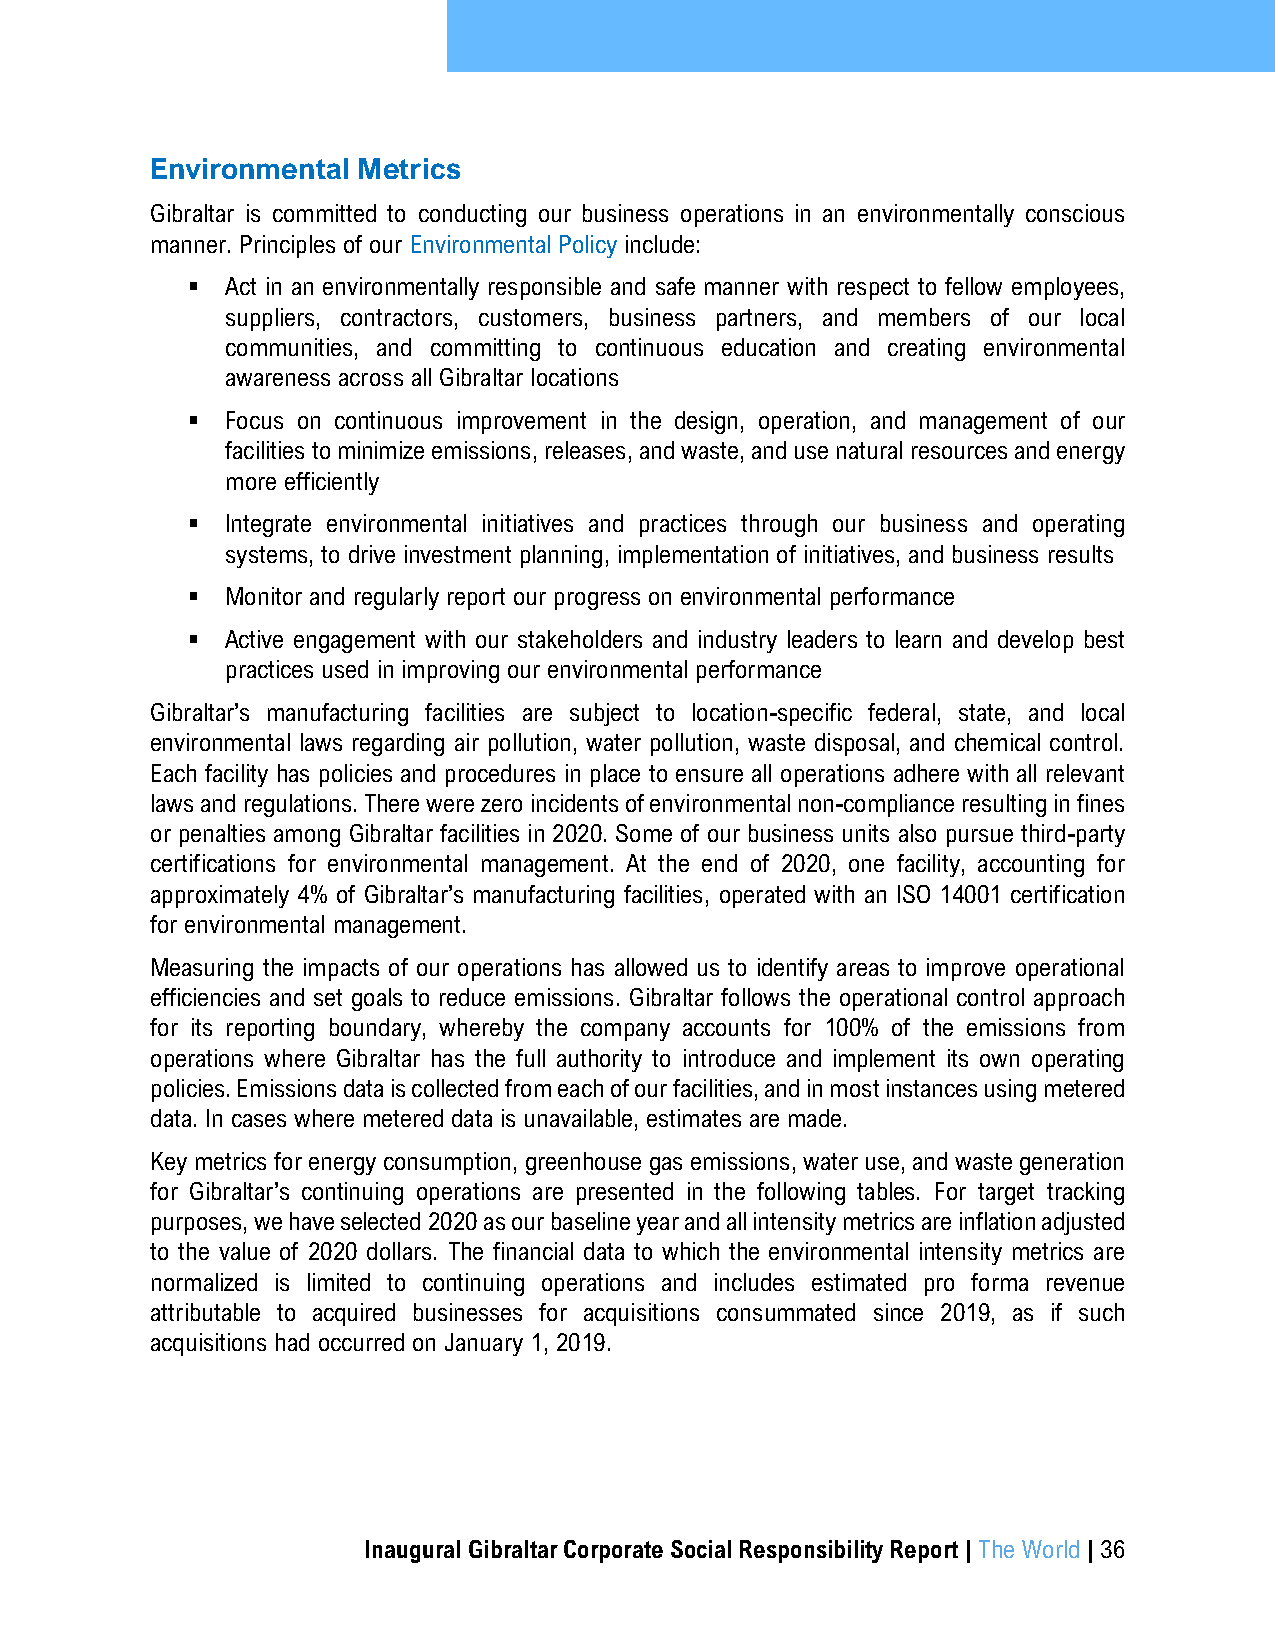
Environmental Metrics
 Gibraltar is committed to conducting our business operations in an environmentally conscious
 manner. Principles of our Environmental Policy include:
 ▪  Act in an environmentally responsible and safe manner with respect to fellow employees,
 suppliers, contractors, customers, business partners, and members of our local
 communities, and committing to continuous education and creating environmental
 awareness across all Gibraltar locations
 ▪  Focus on continuous improvement in the design, operation, and management of our
 facilities to minimize emissions, releases, and waste, and use natural resources and energy
 more efficiently
 ▪  Integrate environmental initiatives and practices through our business and operating
 systems, to drive investment planning, implementation of initiatives, and business results
 ▪  Monitor and regularly report our progress on environmental performance
 ▪  Active engagement with our stakeholders and industry leaders to learn and develop best
 practices used in improving our environmental performance
 Gibraltar’s manufacturing facilities are subject to location-specific federal, state, and local
 environmental laws regarding air pollution, water pollution, waste disposal, and chemical control.
 Each facility has policies and procedures in place to ensure all operations adhere with all relevant
 laws and regulations. There were zero incidents of environmental non-compliance resulting in fines
 or penalties among Gibraltar facilities in 2020. Some of our business units also pursue third-party
 certifications for environmental management. At the end of 2020, one facility, accounting for
 approximately 4% of Gibraltar’s manufacturing facilities, operated with an ISO 14001 certification
 for environmental management.
 Measuring the impacts of our operations has allowed us to identify areas to improve operational
 efficiencies and set goals to reduce emissions. Gibraltar follows the operational control approach
 for its reporting boundary, whereby the company accounts for 100% of the emissions from
 operations where Gibraltar has the full authority to introduce and implement its own operating
 policies. Emissions data is collected from each of our facilities, and in most instances using metered
 data. In cases where metered data is unavailable, estimates are made.
 Key metrics for energy consumption, greenhouse gas emissions, water use, and waste generation
 for Gibraltar’s continuing operations are presented in the following tables. For target tracking
 purposes, we have selected 2020 as our baseline year and all intensity metrics are inflation adjusted
 to the value of 2020 dollars. The financial data to which the environmental intensity metrics are
 normalized is limited to continuing operations and includes estimated pro forma revenue
 attributable to acquired businesses for acquisitions consummated since 2019, as if such
 acquisitions had occurred on January 1, 2019.
 Inaugural Gibraltar Corporate Social Responsibility Report | The World | 36